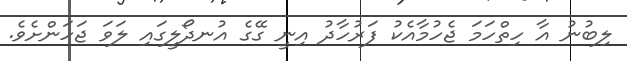
ލިބުނު އާ ހިތްހަމަ ޖެހުމާއެކު ފަރުހާދު އިނީ ގޭގެ އުނދޯލީގައި ލަވަ ޖަހަންށެވެ.